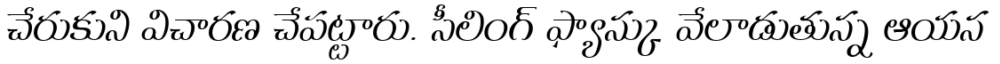
చేరుకుని విచారణ చేపట్టారు. సీలింగ్ ఫ్యాన్కు వేలాడుతున్న ఆయన